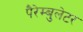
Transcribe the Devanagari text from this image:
पैरेम्बुलेटर